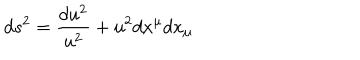
d s ^ { 2 } = { \frac { d u ^ { 2 } } { u ^ { 2 } } } + u ^ { 2 } d x ^ { \mu } d x _ { \mu }